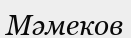
Мәмеков